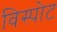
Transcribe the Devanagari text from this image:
विस्पोट